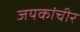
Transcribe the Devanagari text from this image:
जयकांचीर